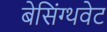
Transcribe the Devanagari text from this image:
बेसिंग्थवेट